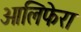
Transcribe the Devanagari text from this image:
ओलिफेरा